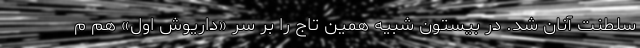
سلطنت آنان شد. در بیستون شبیه همین تاج را بر سر «داریوش اول» هم م